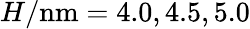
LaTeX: H/\mathrm{nm}=4.0,4.5,5.0